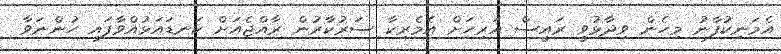
އެމަނިކުފާނު މިހެން ވިދާޅުވީ ރައީސް އަރިހަށް އެމެރިކާ ސަރުކާރުން ރާއްޖެއަށް ކަނޑައަޅުއްވާފައި ހުންނަވާ